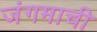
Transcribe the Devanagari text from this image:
जंगमाची